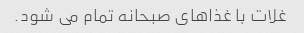
غلات با غذاهای صبحانه تمام می شود.